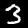
Digit: 3